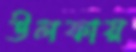
উলফায়